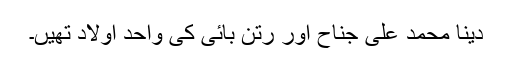
دینا محمد علی جناح اور رتن بائی کی واحد اولاد تھیں۔